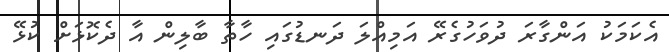
އެކަމަކު އަންގާރަ ދުވަހުގެރޭ އަމިއްލަ ދަނޑުގައި ހާތާ ބާލިން އާ ދެކޮޅަށް ކުޅޭ